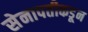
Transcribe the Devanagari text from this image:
सेनापतीकडून